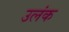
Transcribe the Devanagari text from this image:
उलंक